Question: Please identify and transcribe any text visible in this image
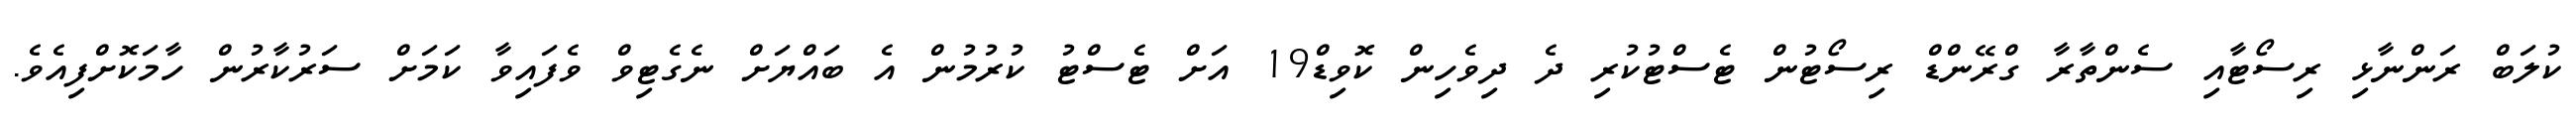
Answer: ކުލަބް ރަންނާޅި ރިސޯޓާއި ސެންތާރާ ގްރޭންޑް ރިސޯޓުން ޓެސްޓުކުރި ދެ ދިވެހިން ކޮވިޑް19 އަށް ޓެސްޓު ކުރުމުން އެ ބައްޔަށް ނެގެޓިވް ވެފައިވާ ކަމަށް ސަރުކާރުން ހާމަކޮށްފިއެވެ.